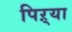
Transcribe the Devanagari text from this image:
पिऱ्या